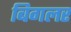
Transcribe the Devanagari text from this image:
बिगलर